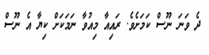
ދެ ވަނަ ނޫސް ކަމަށެވެ. ރައިއާ މިއުވާ ނަމަކަށް ކިޔާ އެ ނޫސް